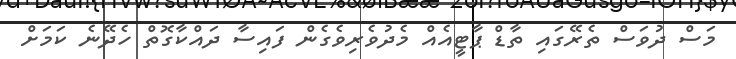
މަސް ދުވަސް ތެރޭގައި ތާޑް ޕާޓީއެއް މެދުވެރިވެގެން ފައިސާ ދައްކާގޮތް ހެދޭނެ ކަމަށް